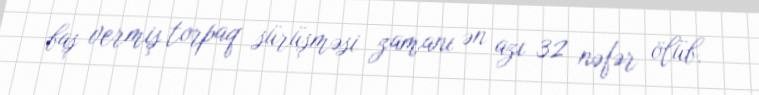
baş vermiş torpaq sürüşməsi zamanı ən azı 32 nəfər ölüb.